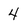
Character: 4